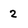
Character: 2